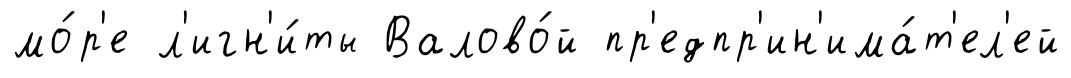
мо́р'е л'игн'и́ты Валово́й пр'едпр'ин'има́т'ел'ей